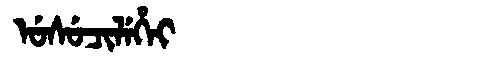
Manchu: ᡠᠰᡠᠴᡳᠯᡝᡥᡝᡳ
Romanization: USUCILEHEI